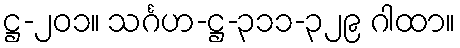
ဋ္ဌ-၂၀၁။ သင်္ဂဟ-ဋ္ဌ-၃၁၁-၃၂၉ ဂါထာ။